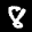
Label: 8